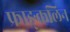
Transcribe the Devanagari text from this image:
फ्राङ्कलिन